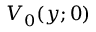
V _ { 0 } ( y ; 0 )